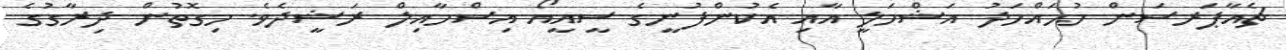
ޗެއާޕަރސަން މުޙައްމަދު އަޝްމަލީ އާއި އެކުންފުނީގެ ސީއީއޯ އިސްމާއިލް ރަޝީދެވެ. މިގޮތުން ދިރާގުގެ